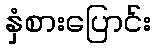
နှံစားပြောင်း